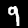
Label: 9